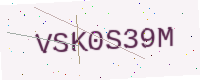
Text: VSK0S39M